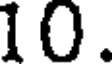
10.